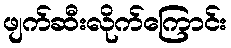
ဖျက်ဆီးလိုက်ကြောင်း